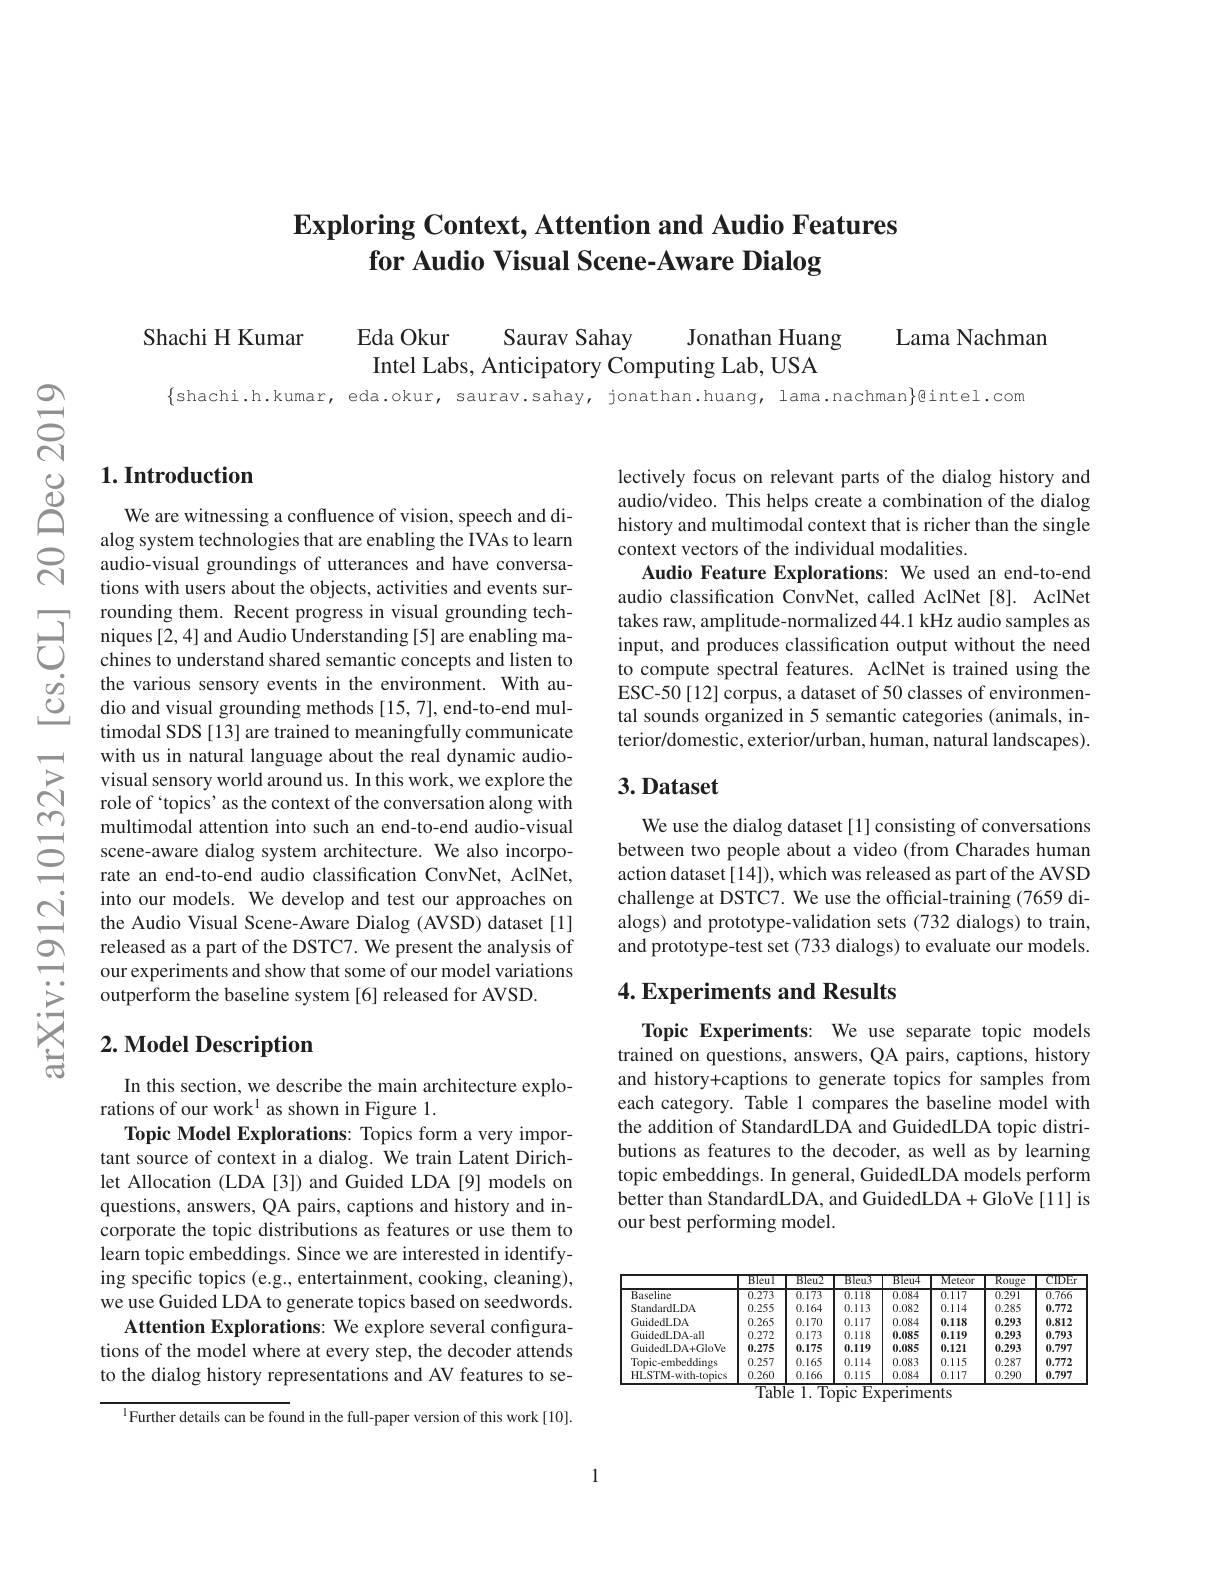
## $\textbf{Exploring Context, Attention and Audio Features}$ for Audio Visual Scene-Aware Dialog

Shachi H Kumar

Lama Nachman

Eda Okur
Saurav Sahay
Jonathan Huang
Intel Labs, Anticipatory Computing Lab, USA

## $1. \textbf{Introduction}$

We are witnessing a confluence of vision, speech and dialog system technologies that are enabling the IVAs to learn audio-visual groundings of utterances and have conversations with users about the objects, activities and events sur-
rounding them. Recent progress in visual gro
timodal SDS [13] are trained to meaningfully communicate with us in natural language about the real dynamic audio-
multimodal attention into such an end-to-end audio-visual
$\subseteq$ scene-aware dialog system architecture. We a
into our models. We develop and test our approaches on the Audio Visual Scene-Aware Dialog (AVSD) dataset [1] released as a part of the DSTC7. We present the analysis of our experiments and show that some of our model variations outperform the baseline system [6] released for AVSD.

## $2. \textbf{Model Description}$

In this section, we describe the main architecture explo-
rations of our work$^1$ as shown in Figure 1.
Topic Model Explorations: Topics form a very important source of context in a dialog. We train Latent Dirichlet Allocation (LDA [3]) and Guided LDA [9] models on questions, answers, QA pairs, captions and history and incorporate the topic distributions as features or use them to learn topic embeddings. Since we are interested in identifying specific topics (e.g., entertainment, cooking, cleaning), we use Guided LDA to generate topics based on seedwords.
Attention Explorations: We explore several configurations of the model where at every step, the decoder attends to the dialog history representations and AV features to se-

$^{1}{\text{Further details can be found in the full-paper version of this work[10].}}$

lectively focus on relevant parts of the dialog history and audio/video. This helps create a combination of the dialog history and multimodal context that is richer than the single context vectors of the individual modalities.
Audio Feature Explorations: We used an end-to-end audio classification ConvNet, called AclNet[8]. AclNet takes raw, amplitude-normalized 44.1 kHz audio samples as input, and produces classification output without the need to compute spectral features. AclNet is trained using the ESC-50[12] corpus, a dataset of 50 classes of environmental sounds organized in 5 semantic categories (animals, interior/domestic, exterior/urban, human, natural landscapes).

## 3.Dataset

We use the dialog dataset [1] consisting of conversations between two people about a video (from Charades human action dataset[14]), which was released as part of the AVSD challenge at DSTC7. We use the official-training (7659 dialogs) and prototype-validation sets (732 dialogs) to train, and prototype-test set (733 dialogs) to evaluate our models.

## 4. Experiments and Results

Topic Experiments: We use separate topic models trained on questions, answers, QA pairs, captions, history and history+captions to generate topics for samples from each category. Table 1 compares the baseline model with the addition of StandardLDA and GuidedLDA topic distributions as features to the decoder, as well as by learning topic embeddings. In general, GuidedLDA models perform better than StandardLDA, and GuidedLDA+ GloVe [11] is our best performing model.

<table>
	<tbody>
		<tr>
			<th> </th>
			<th>Bleul</th>
			<th>Bleu2</th>
			<th>Bleu3</th>
			<th>Bleu4</th>
			<th>Meteor</th>
			<th>Rouge</th>
			<th>ClDEr</th>
		</tr>
		<tr>
			<td>Baseline</td>
			<td>0.273</td>
			<td>0.173</td>
			<td>$\overline{0.118}$</td>
			<td>$\overline{0.084}$</td>
			<td>0.117</td>
			<td>0.291</td>
			<td>$\overline{0.766}$</td>
		</tr>
		<tr>
			<td>StandardLDA</td>
			<td>0.255</td>
			<td>0.164</td>
			<td>0.113</td>
			<td>0.082</td>
			<td>0.114</td>
			<td>0.285</td>
			<td>0.772</td>
		</tr>
		<tr>
			<td>GuidedLDA</td>
			<td>0.265</td>
			<td>0.170</td>
			<td>0.117</td>
			<td>0.084</td>
			<td>0.118</td>
			<td>0.293</td>
			<td>0.812</td>
		</tr>
		<tr>
			<td>GuidedLDA-all</td>
			<td>0.272</td>
			<td>0.173</td>
			<td>0.118</td>
			<td>0.085</td>
			<td>0.119</td>
			<td>0.293</td>
			<td>0.793</td>
		</tr>
		<tr>
			<td>GuidedLDA+GloVe</td>
			<td>0.275</td>
			<td>0.175</td>
			<td>0.119</td>
			<td>0.085</td>
			<td>0.121</td>
			<td>0.293</td>
			<td>0.797</td>
		</tr>
		<tr>
			<td>Topic-embeddings</td>
			<td>0.257</td>
			<td>0.165</td>
			<td>0.114</td>
			<td>0.083</td>
			<td>0.115</td>
			<td>0.287</td>
			<td>0.772</td>
		</tr>
		<tr>
			<td>HLSTM-with-topics</td>
			<td>0.260</td>
			<td>0.166</td>
			<td>0.115</td>
			<td>0.084</td>
			<td>0.117</td>
			<td>0.290</td>
			<td>0.797</td>
		</tr>
	</tbody>
</table>
Table 1. Topic Experiments

1